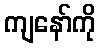
ကျနော်ကို